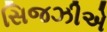
સિજઝીએ